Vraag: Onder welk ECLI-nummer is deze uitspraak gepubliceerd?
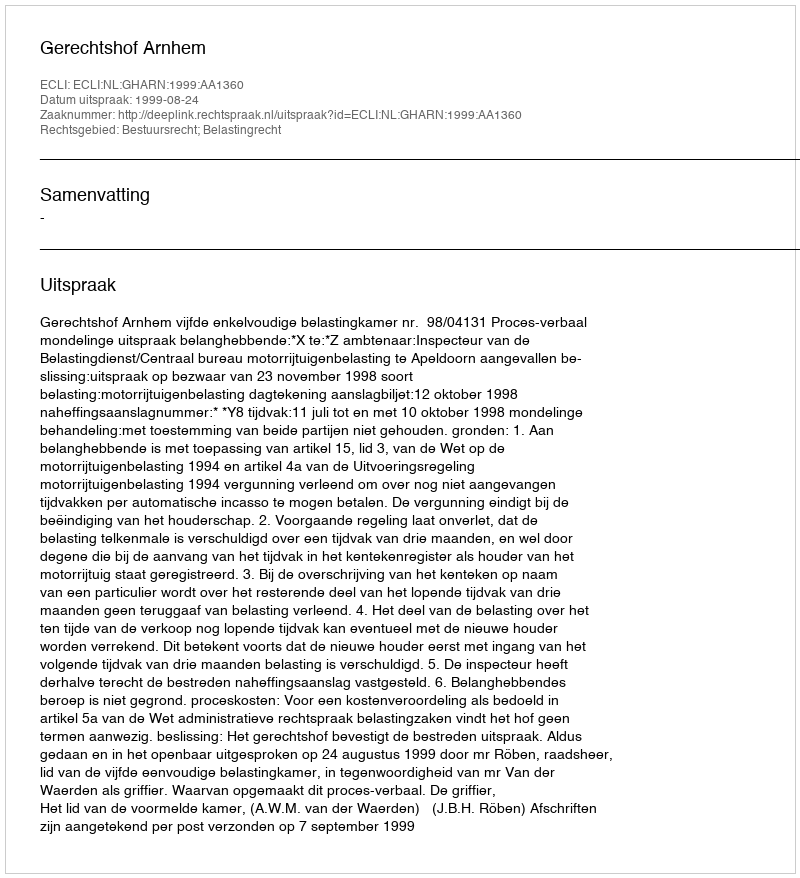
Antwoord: ECLI:NL:GHARN:1999:AA1360